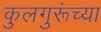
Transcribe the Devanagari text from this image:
कुलगुरूंच्या